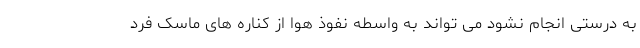
به درستی انجام نشود می تواند به واسطه نفوذ هوا از کناره های ماسک فرد